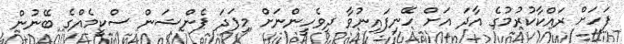
ފަހަށް ރައްކާކުރުމުގެ އާދަ އަށް ހޭނިފައިނުވާ ދިވެހީންނަށް މިފަދަ ޕެންޝަން ސްކީމެއްގެ ބޭނުން